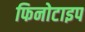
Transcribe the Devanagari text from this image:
फिनोटाइप